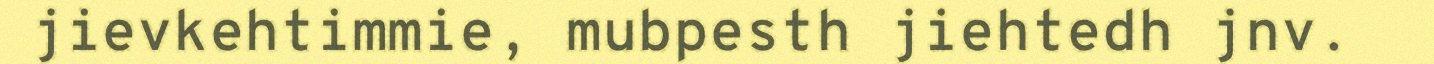
jievkehtimmie, mubpesth jiehtedh jnv.